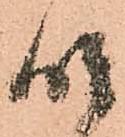
座